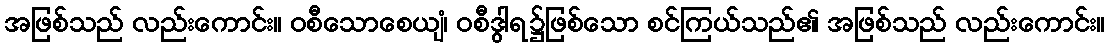
အဖြစ်သည် လည်းကောင်း။ ဝစီသောစေယျံ၊ ဝစီဒွါရ၌ဖြစ်သော စင်ကြယ်သည်၏ အဖြစ်သည် လည်းကောင်း။